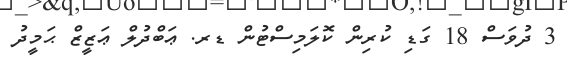
3 ދުވަސް 18 ގަޑި ކުރިން ކޮލަމިސްޓުން ޑރ. ޢަބްދުލް ޢަޒީޒް ޙަމީދު